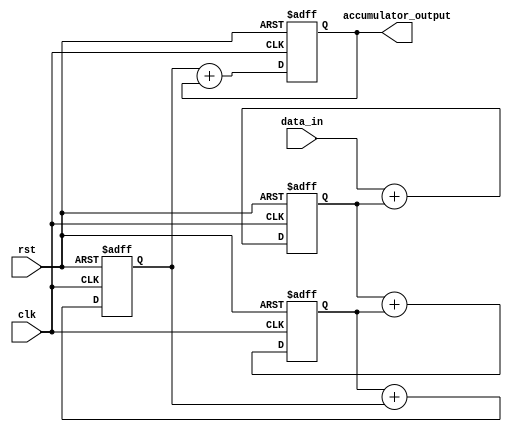
module parallel_accumulator (
  input wire clk,
  input wire rst,
  input wire [7:0] data_in,
  output reg [15:0] accumulator_output
);

reg [15:0] accumulator [3:0]; // 4 arithmetic blocks in parallel

always @(posedge clk or posedge rst) begin
  if (rst) begin
    accumulator[0] <= 16'h0;
    accumulator[1] <= 16'h0;
    accumulator[2] <= 16'h0;
    accumulator[3] <= 16'h0;
  end else begin
    accumulator[0] <= data_in + accumulator[0];
    accumulator[1] <= accumulator[0] + accumulator[1];
    accumulator[2] <= accumulator[1] + accumulator[2];
    accumulator[3] <= accumulator[2] + accumulator[3];
  end
end

assign accumulator_output = accumulator[3];

endmodule